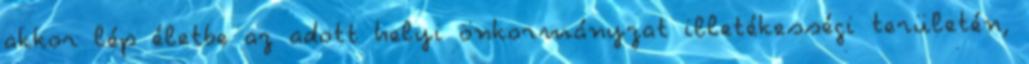
akkor lép életbe az adott helyi önkormányzat illetékességi területén,